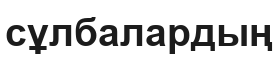
сұлбалардың